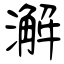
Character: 澥